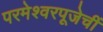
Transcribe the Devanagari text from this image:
परमेश्वरपूजेचीं